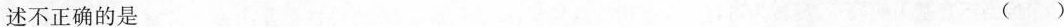
述不正确的是 ( )